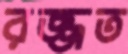
রজ্জত